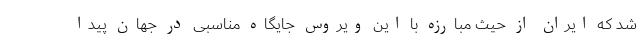
شد که ایران از حیث مبارزه با این ویروس جایگاه مناسبی در جهان پیدا